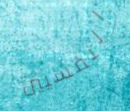
النفسيين